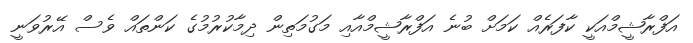
އަފްރާޝީމްއަކީ ކާފަރެއް ކަމަށް ބުނެ އަފްރާޝީމްއާއި މަގުމަތިން ދިމާކުރުމުގެ ކަންތައް ވެސް އޭރުވަނީ